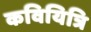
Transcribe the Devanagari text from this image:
कवियित्रि